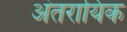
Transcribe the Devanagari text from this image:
अंतरायिक